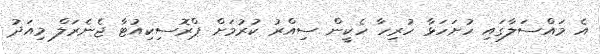
އެ މައްސަލާގައި ހުށަހަޅާ ހުރިހާ ހެކީން ސިއްރު ކުރުމަށް ޕްރޮސިކިއުޓާ ޖެނެރަލް މިއަަދު